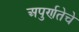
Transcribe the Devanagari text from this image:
अपुर्णतेचे